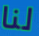
لنا